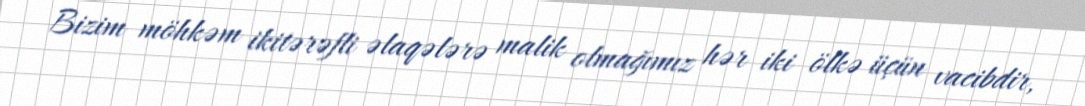
Bizim möhkəm ikitərəfli əlaqələrə malik olmağımız hər iki ölkə üçün vacibdir,